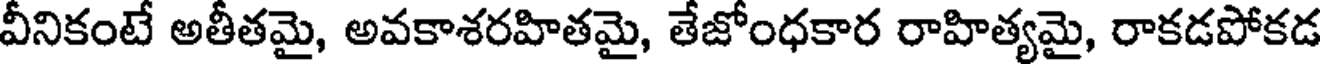
వీనికంటే అతీతమై, అవకాశరహితమై, తేజోంధకార రాహిత్యమై, రాకడపోకడ